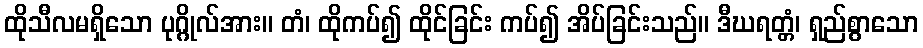
ထိုသီလမရှိသော ပုဂ္ဂိုလ်အား။ တံ၊ ထိုကပ်၍ ထိုင်ခြင်း ကပ်၍ အိပ်ခြင်းသည်။ ဒီဃရတ္တံ၊ ရှည်စွာသော